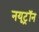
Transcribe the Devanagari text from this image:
नयूट्रॉन